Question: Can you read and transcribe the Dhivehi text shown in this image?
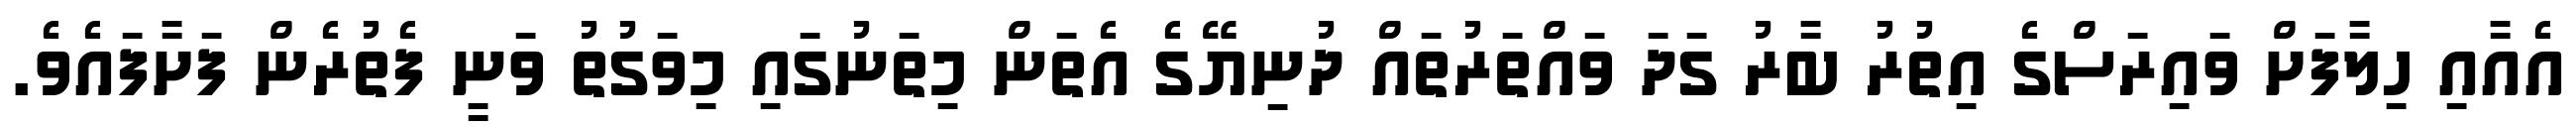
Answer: އެއާއި ހިލާފަށް ވައިރަސްގެ އިތުރު ބާރު ގަދަ ވައްތަރުތައް ދުނިޔޭގެ އެތަން މިތަނުގައި މިވަގުތު ވަނީ ފެތުރެން ފަށާފައެވެ.